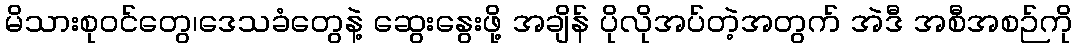
မိသားစုဝင်တွေ၊ဒေသခံတွေနဲ့ ဆွေးနွေးဖို့ အချိန် ပိုလိုအပ်တဲ့အတွက် အဲဒီ အစီအစဉ်ကို